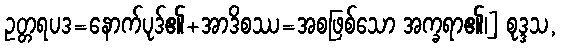
ဥတ္တရပဒ=နောက်ပုဒ်၏+အာဒိစဿ=အစဖြစ်သော အက္ခရာ၏၊] စုဒ္ဒသ,